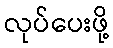
လုပ်ပေးဖို့